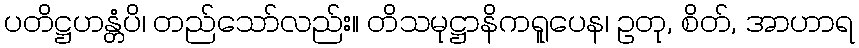
ပတိဋ္ဌဟန္တံပိ၊ တည်သော်လည်း။ တိသမုဋ္ဌာနိကရူပေန၊ ဥတု, စိတ်, အာဟာရ